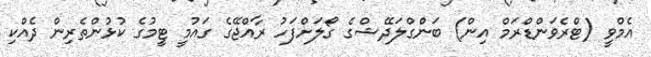
އެމްވީ (ޓްރެވަންޑްރަމް އިން) ބަންގްލަދޭޝްގެ ގޯލަށްފަހު ރާއްޖޭގެ ގައުމީ ޓީމުގެ ކުޅުންތެރިން ދެއްކި